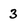
Character: 3